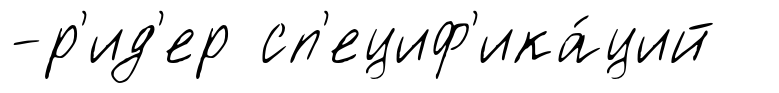
-р'ид'ер сп'ециф'ика́ций